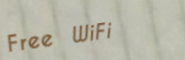
Free WiFi